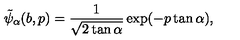
\tilde { \psi } _ { \alpha } ( b , p ) = \frac { 1 } { \sqrt { 2 \tan \alpha } } \exp ( - p \tan \alpha ) ,